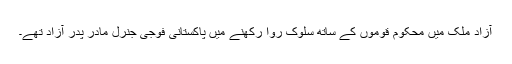
آزاد ملک میں محکوم قوموں کے ساتھ سلوک روا رکھنے میں پاکستانی فوجی جنرل مادر پدر آزاد تھے۔